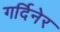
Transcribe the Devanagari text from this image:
गर्दिनेर